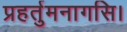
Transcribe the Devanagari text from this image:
प्रहर्तुमनागसि।